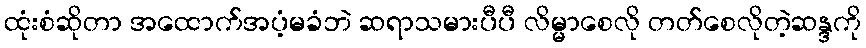
ထုံးစံဆိုတာ အထောက်အပံ့မခံဘဲ ဆရာသမားပီပီ လိမ္မာစေလို တတ်စေလိုတဲ့ဆန္ဒကို